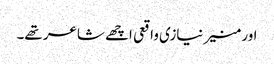
اور منیر نیازی واقعی اچھے شاعر تھے۔